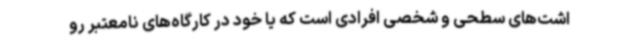
اشت‌های سطحی و شخصی افرادی است که یا خود در کارگاه‌های نامعتبر رو